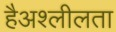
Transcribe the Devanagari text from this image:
हैअश्लीलता